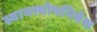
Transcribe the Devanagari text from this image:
स्वायत्त्योपनिवेश